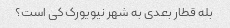
بله قطار بعدی به شهر نیویورک کی است؟